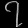
Digit: ၇